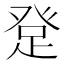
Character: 𤼯